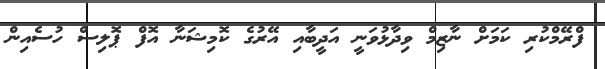
ފްރޭމްކުރި ކަމަށް ނާޒިމް ވިދާޅުވަނީ އަދީބާއި އޭރުގެ ކޮމިޝަނާ އޮފް ޕޮލިސް ހުސެއިން